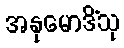
အနုမောဒိံသု